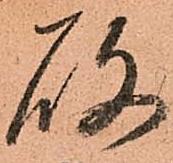
故